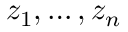
z _ { 1 } , \dots , z _ { n }